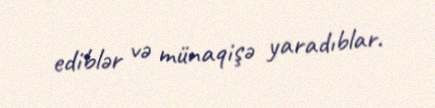
ediblər və münaqişə yaradıblar.